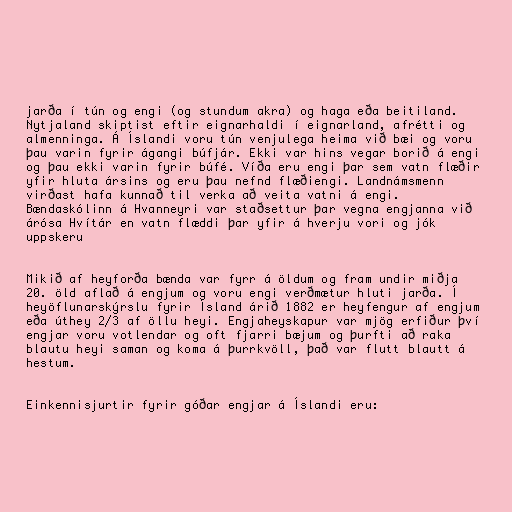
jarða í tún og engi (og stundum akra) og haga eða beitiland.
Nytjaland skiptist eftir eignarhaldi í eignarland, afrétti og
almenninga. Á Íslandi voru tún venjulega heima við bæi og voru
þau varin fyrir ágangi búfjár. Ekki var hins vegar borið á engi
og þau ekki varin fyrir búfé. Víða eru engi þar sem vatn flæðir
yfir hluta ársins og eru þau nefnd flæðiengi. Landnámsmenn
virðast hafa kunnað til verka að veita vatni á engi.
Bændaskólinn á Hvanneyri var staðsettur þar vegna engjanna við
árósa Hvítár en vatn flæddi þar yfir á hverju vori og jók
uppskeru

Mikið af heyforða bænda var fyrr á öldum og fram undir miðja
20. öld aflað á engjum og voru engi verðmætur hluti jarða. Í
heyöflunarskýrslu fyrir Ísland árið 1882 er heyfengur af engjum
eða úthey 2/3 af öllu heyi. Engjaheyskapur var mjög erfiður því
engjar voru votlendar og oft fjarri bæjum og þurfti að raka
blautu heyi saman og koma á þurrkvöll, það var flutt blautt á
hestum.

Einkennisjurtir fyrir góðar engjar á Íslandi eru: